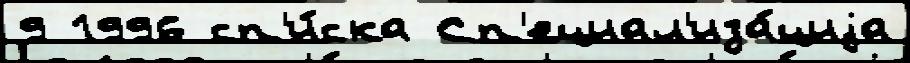
9 1996 сп'и́ска Сп'ециал'иза́циjа